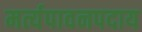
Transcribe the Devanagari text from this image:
मर्त्यपावनपदाय